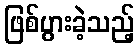
ဖြစ်ပွားခဲ့သည့်